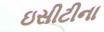
ઇસીટીના